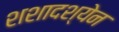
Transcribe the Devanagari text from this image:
शशादश्येन